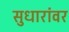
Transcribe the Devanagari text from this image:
सुधारांवर